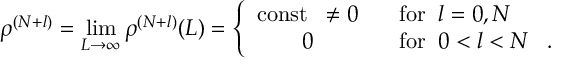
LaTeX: \rho ^ { ( N + l ) } = \operatorname * { l i m } _ { L \rightarrow \infty } \rho ^ { ( N + l ) } ( L ) = \left\{ \begin{array} { c l } { { \mathrm { c o n s t } \; \; \neq 0 } } & { { \; \; \; \mathrm { f o r } \; \; l = 0 , N } } \\ { { 0 } } & { { \; \; \; \mathrm { f o r } \; \; 0 < l < N \; \; \; . } } \end{array} \right.